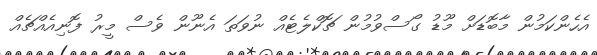
އެހެންކަމުން މާބޮޑަށް މޫޑު ގޯސްވުމުން ޗޮކްލެޓެއް ނުވަތަ އެނޫން ވެސް މީރު ފޮނިއެއްޗެއް